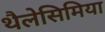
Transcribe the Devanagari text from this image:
थैलेसिमिया